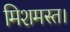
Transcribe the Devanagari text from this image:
मिशमस्त।